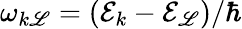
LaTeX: \omega_{k\mathscr{L}}=(\mathcal{{E}}_{k}-\mathcal{{E}}_{\mathscr{L}})/\hbar